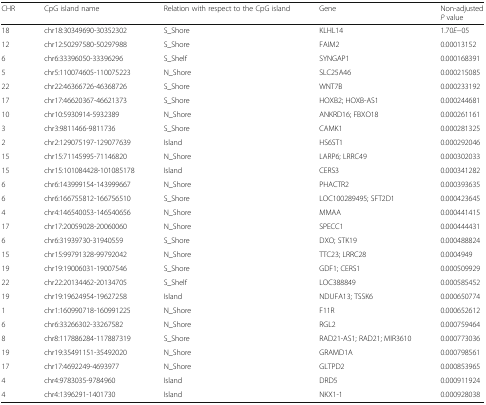
<table><thead><tr><td><b>CHR</b></td><td><b>CpG island name</b></td><td><b>Relation with respect to the CpG island</b></td><td><b>Gene</b></td><td><b>Non-adjusted<i>P</i> value</b></td></tr></thead><tbody><tr><td>18</td><td>chr18:30349690-30352302</td><td>S_Shore</td><td>KLHL14</td><td>1.70<i>E</i>−05</td></tr><tr><td>12</td><td>chr12:50297580-50297988</td><td>S_Shore</td><td>FAIM2</td><td>0.00013152</td></tr><tr><td>6</td><td>chr6:33396050-33396296</td><td>S_Shelf</td><td>SYNGAP1</td><td>0.000168391</td></tr><tr><td>5</td><td>chr5:110074605-110075223</td><td>N_Shore</td><td>SLC25A46</td><td>0.000215085</td></tr><tr><td>22</td><td>chr22:46366726-46368726</td><td>S_Shore</td><td>WNT7B</td><td>0.000233192</td></tr><tr><td>17</td><td>chr17:46620367-46621373</td><td>S_Shore</td><td>HOXB2; HOXB-AS1</td><td>0.000244681</td></tr><tr><td>10</td><td>chr10:5930914-5932389</td><td>N_Shore</td><td>ANKRD16; FBXO18</td><td>0.000261161</td></tr><tr><td>3</td><td>chr3:9811466-9811736</td><td>S_Shore</td><td>CAMK1</td><td>0.000281325</td></tr><tr><td>2</td><td>chr2:129075197-129077639</td><td>Island</td><td>HS6ST1</td><td>0.000292046</td></tr><tr><td>15</td><td>chr15:71145995-71146820</td><td>N_Shore</td><td>LARP6; LRRC49</td><td>0.000302033</td></tr><tr><td>15</td><td>chr15:101084428-101085178</td><td>Island</td><td>CERS3</td><td>0.000341282</td></tr><tr><td>6</td><td>chr6:143999154-143999667</td><td>N_Shore</td><td>PHACTR2</td><td>0.000393635</td></tr><tr><td>6</td><td>chr6:166755812-166756510</td><td>S_Shore</td><td>LOC100289495; SFT2D1</td><td>0.000423645</td></tr><tr><td>4</td><td>chr4:146540053-146540656</td><td>N_Shore</td><td>MMAA</td><td>0.000441415</td></tr><tr><td>17</td><td>chr17:20059028-20060060</td><td>N_Shore</td><td>SPECC1</td><td>0.000444431</td></tr><tr><td>6</td><td>chr6:31939730-31940559</td><td>S_Shore</td><td>DXO; STK19</td><td>0.000488824</td></tr><tr><td>15</td><td>chr15:99791328-99792042</td><td>N_Shore</td><td>TTC23; LRRC28</td><td>0.0004949</td></tr><tr><td>19</td><td>chr19:19006031-19007546</td><td>S_Shore</td><td>GDF1; CERS1</td><td>0.000509929</td></tr><tr><td>22</td><td>chr22:20134462-20134705</td><td>S_Shelf</td><td>LOC388849</td><td>0.000585452</td></tr><tr><td>19</td><td>chr19:19624954-19627258</td><td>Island</td><td>NDUFA13; TSSK6</td><td>0.000650774</td></tr><tr><td>1</td><td>chr1:160990718-160991225</td><td>N_Shore</td><td>F11R</td><td>0.000652612</td></tr><tr><td>6</td><td>chr6:33266302-33267582</td><td>N_Shore</td><td>RGL2</td><td>0.000759464</td></tr><tr><td>8</td><td>chr8:117886284-117887319</td><td>S_Shore</td><td>RAD21-AS1; RAD21; MIR3610</td><td>0.000773036</td></tr><tr><td>19</td><td>chr19:35491151-35492020</td><td>N_Shore</td><td>GRAMD1A</td><td>0.000798561</td></tr><tr><td>17</td><td>chr17:4692249-4693977</td><td>N_Shore</td><td>GLTPD2</td><td>0.000853965</td></tr><tr><td>4</td><td>chr4:9783035-9784960</td><td>Island</td><td>DRD5</td><td>0.000911924</td></tr><tr><td>4</td><td>chr4:1396291-1401730</td><td>Island</td><td>NKX1-1</td><td>0.000928038</td></tr></tbody></table>